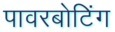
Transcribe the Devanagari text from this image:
पावरबोटिंग